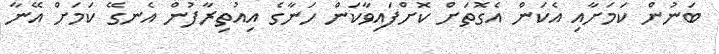
ބަނުން ކަމަށާއި އެކަން އެގޮތަށް ކޮށްފައިވާކަން ހަނާގެ އިއުތިރާފުން އެނގޭ ކަމަށް އޭނާ